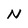
Character: N